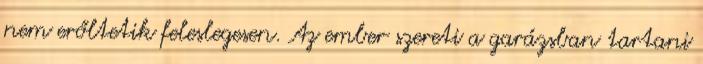
nem erőltetik feleslegesen. Az ember szereti a garázsban tartani